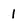
Character: 1